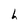
Character: h